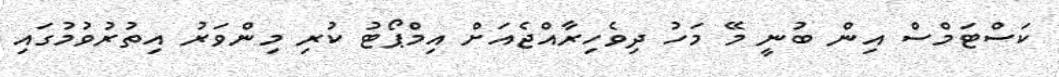
ކަސްޓަމްސް އިން ބުނީ މޭ މަހު ދިވެހިރާއްޖެއަށް އިމްޕޯޓު ކުރި މިންވަރު އިތުރުވުމުގައި